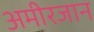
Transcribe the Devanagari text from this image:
अमीरजान